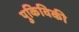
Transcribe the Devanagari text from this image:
पुकिविकी